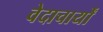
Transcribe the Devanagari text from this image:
वेदाचार्यों